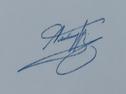
Signature authenticity: genuine